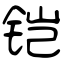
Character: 铠